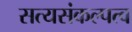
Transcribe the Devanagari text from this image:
सत्यसंकल्पत्व